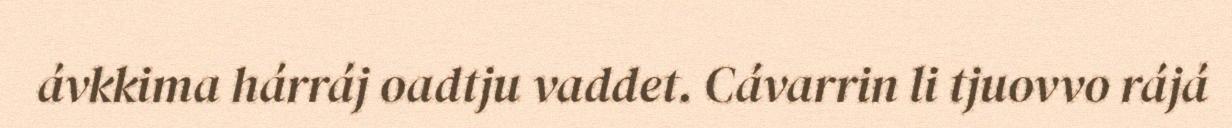
ávkkima hárráj oadtju vaddet. Cávarrin li tjuovvo rájá